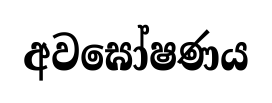
අවඝෝෂණය